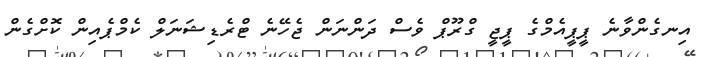
އިނގެންވާނެ ޕީޕީއެމްގެ ޕީޖީ ގްރޫޕް ވެސް ދަންނަން ޖެހޭނެ ޓްރެޑިޝަނަލް ކެމްޕެއިން ކޮށްގެން